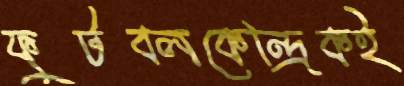
ফুটবলকেন্দ্রিকই